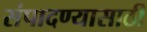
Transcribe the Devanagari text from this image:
संपादण्यासाठी